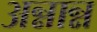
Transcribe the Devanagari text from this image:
अन्नान्न